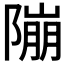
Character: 𨻱